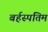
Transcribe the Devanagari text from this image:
बर्हस्पतिम